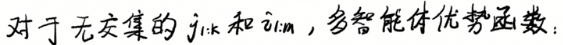
对于无交集的 $j_{1:k}$ 和 $i_{1:m}$，多智能体优势函数：